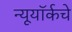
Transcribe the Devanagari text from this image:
न्यूयॉर्कचे